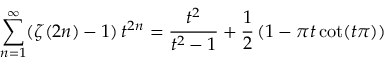
\sum _ { n = 1 } ^ { \infty } ( \zeta ( 2 n ) - 1 ) \, t ^ { 2 n } = { \frac { t ^ { 2 } } { t ^ { 2 } - 1 } } + { \frac { 1 } { 2 } } \left( 1 - \pi t \cot ( t \pi ) \right)